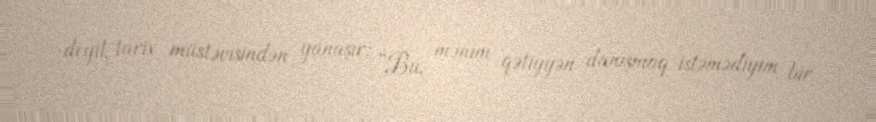
deyil, tarix müstəvisindən yanaşır: “Bu, mənim qətiyyən danışmaq istəmədiyim bir